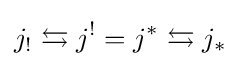
j_{!}\leftrightarrows j^{!}=j^{*}\leftrightarrows j_{*}